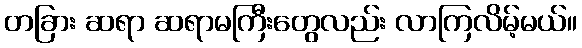
တခြား ဆရာ ဆရာမကြီးတွေလည်း လာကြလိမ့်မယ်။